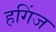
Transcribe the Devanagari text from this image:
हगिंज